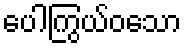
ပေါကြွယ်ဝသော